Annual administration report of the Civil Veterinary Department, Sind - 1943-1944
Year: 1943
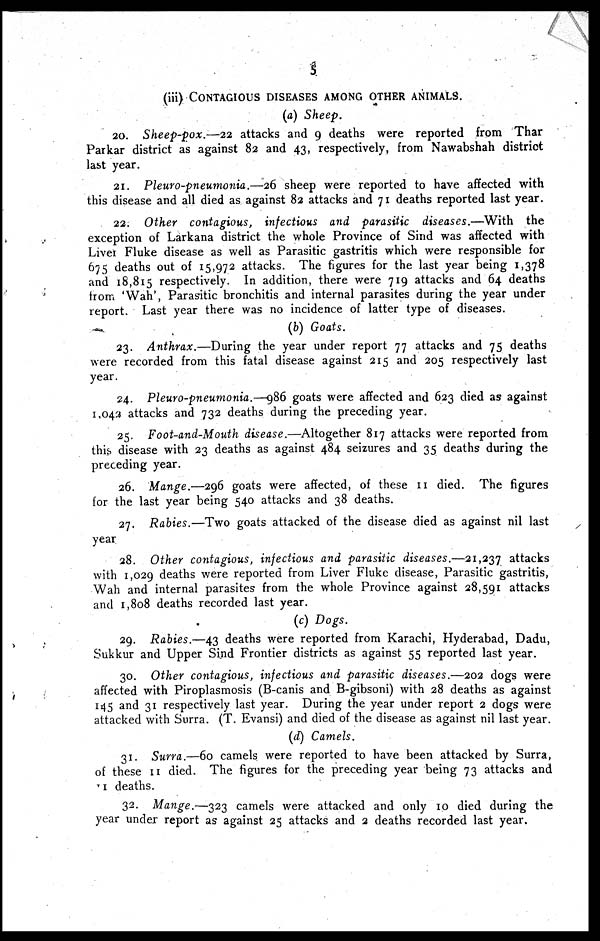
5
(iii)
CONTAGIOUS DISEASES IN OTHER ANIMALS.
(a) Sheep.
20. Sheep-pox.—22 attacks and 9 deaths were reported from Thar
Parkar district as against 82 and 43, respectively, from Nawabshah district
last year.
21. Pleuro-pneumonia.—26 sheep were reported to have affected with
this disease and all died as against 82 attacks and 71 deaths reported last year.
22. Other contagious, infectious and parasitic diseases.—With
the
exception of Larkana district the whole Province of Sind was affected with
Liver Fluke disease as well as Parasitic gastritis which were responsible for
675 deaths out of 15,972 attacks. The figures for the last year being 1,378
and 18,815 respectively. In addition, there were 719 attacks and 64 deaths
from 'Wah', Parasitic bronchitis and internal parasites during the year under
report. Last year there was no incidence of latter type of diseases.
(b) Goats.
23. Anthrax.—During
the year under report 77 attacks and 75 deaths
were recorded from this fatal disease against 215 and 205 respectively last
year.
24. Pleuro-pneumonia.—986 goats were affected and 623 died as against
1,042 attacks and 732 deaths during the preceding year.
25. Foot-and-Mouth disease.—Altogether 817 attacks were reported from
this disease with 23 deaths as against 484 seizures and 35 deaths during the
preceding year.
26. Mange.—296 goats were affected, of these 11 died. The figures
for the last year being 540 attacks and 38 deaths.
27. Rabies.—Two goats attacked of the disease died as against nil last
year
28. Other contagious, infectious and parasitic diseases.—21,237 attacks
with 1,029 deaths were reported from Liver Fluke disease, Parasitic gastritis,
Wah and internal parasites from the whole Province against 28,591 attacks
and 1,808 deaths recorded last year.
(c) Dogs.
29. Rabies.—43 deaths were reported from Karachi, Hyderabad, Dadu,
Sukkur and Upper Sind Frontier districts as against 55 reported last year.
30. Other contagious, infectious and parasitic diseases.—202 dogs were
affected with Piroplasmosis (B-canis and B-gibsoni) with 28 deaths as against
145 and 31 respectively last year. During the year under report 2 dogs were
attacked with Surra. (T. Evansi) and died of the disease as against nil last year.
(d) Camels.
31. Surra.—60 camels were reported to have been attacked by Surra,
of these 11 died. The figures for the preceding year being 73 attacks and
11 deaths.
32. Mange.—323 camels were attacked and only 10 died during the
year under report as against 25 attacks and 2 deaths recorded last year.